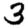
Digit: 3